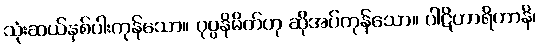
သုံးဆယ်နှစ်ပါးကုန်သော။ ပုပ္ပနိမိတ်ဟု ဆိုအပ်ကုန်သော။ ပါဋိဟာရိဟာနိ၊